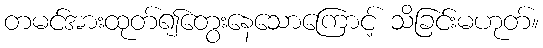
တမင်အားထုတ်၍တွေးနေသောကြောင့် သိခြင်းမဟုတ်။